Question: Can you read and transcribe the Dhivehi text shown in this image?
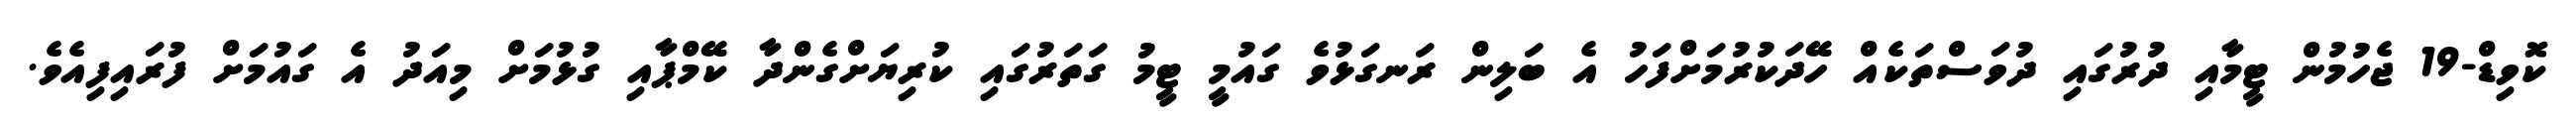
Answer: ކޮވިޑް-19 ޖެހުމުން ޓީމާއި ދުރުގައި ދުވަސްތަކެއް ހޭދަކުރުމަށްފަހު އެ ބަލިން ރަނގަޅުވެ ގައުމީ ޓީމު ގަތަރުގައި ކުރިޔަށްގެންދާ ކޭމްޕާއި ގުޅުމަށް މިއަދު އެ ގައުމަށް ފުރައިފިއެވެ.